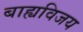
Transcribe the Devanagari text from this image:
बाह्यविजय